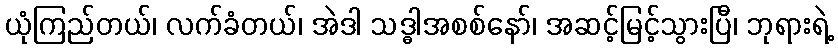
ယုံကြည်တယ်၊ လက်ခံတယ်၊ အဲဒါ သဒ္ဓါအစစ်နော်၊ အဆင့်မြင့်သွားပြီ၊ ဘုရားရဲ့